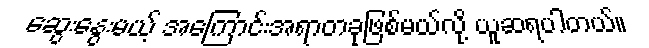
ဆွေးနွေးမယ့် အကြောင်းအရာတခုဖြစ်မယ်လို့ ယူဆရပါတယ်။